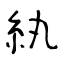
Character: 紈